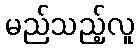
မည်သည့်လူ